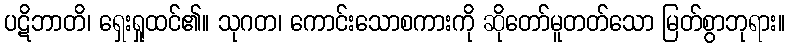
ပဋိဘာတိ၊ ရှေးရှုထင်၏။ သုဂတ၊ ကောင်းသောစကားကို ဆိုတော်မူတတ်သော မြတ်စွာဘုရား။